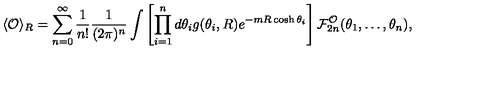
\langle { \cal O } \rangle _ { R } = \sum _ { n = 0 } ^ { \infty } \frac { 1 } { n ! } \frac { 1 } { ( 2 \pi ) ^ { n } } \int \left[ \prod _ { i = 1 } ^ { n } d \theta _ { i } g ( \theta _ { i } , R ) e ^ { - m R \cosh \theta _ { i } } \right] { \cal F } _ { 2 n } ^ { \cal O } ( \theta _ { 1 } , \ldots , \theta _ { n } ) ,